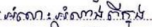
អំណះអំណាងពីក្នុង